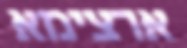
ארצימא